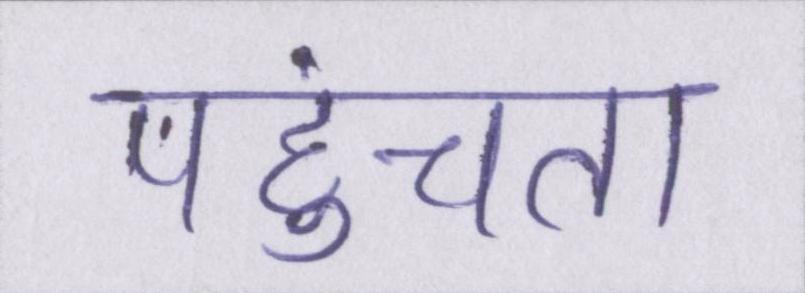
पहुंचता